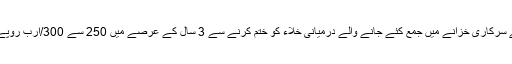
ٹیکس وصولی اس کے سرکاری خزانے میں جمع کئے جانے والے درمیانی خلاء کو ختم کرنے سے 3 سال کے عرصے میں 250 سے 300/ارب روپے حاصل ہوسکتے ہیں۔